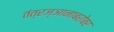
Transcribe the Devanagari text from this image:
तंत्रज्ञानाबरोबर